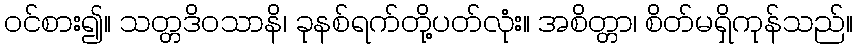
ဝင်စား၍။ သတ္တဒိဝသာနိ၊ ခုနစ်ရက်တို့ပတ်လုံး။ အစိတ္တာ၊ စိတ်မရှိကုန်သည်။